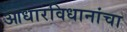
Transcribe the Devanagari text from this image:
आधारविधानांचा